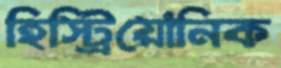
হিস্ট্রিয়োনিক